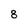
Character: 8